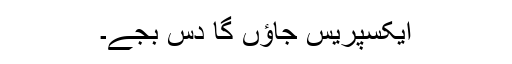
ایکسپریس جاؤں گا دس بجے۔